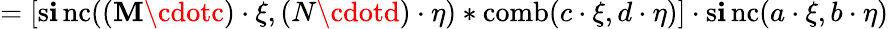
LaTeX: =[\operatorname{s\mathbf{i}nc}((\mathbf{M}\cdotc)\cdot\xi,(N\cdotd)\cdot\eta)*\operatorname{comb}(c\cdot\xi,d\cdot\eta)]\cdot\operatorname{s\mathbf{i}nc}(a\cdot\xi,b\cdot\eta)